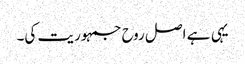
یہی ہے اصل روح جمہوریت کی۔